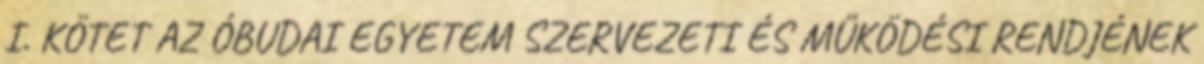
I. KÖTET AZ ÓBUDAI EGYETEM SZERVEZETI ÉS MŰKÖDÉSI RENDJÉNEK